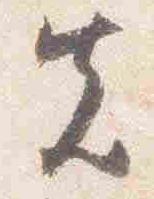
先